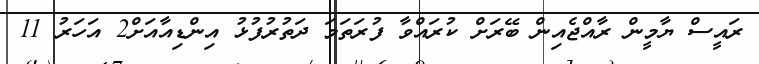
ރައީސް ޔާމީން ރާއްޖެއިން ބޭރަށް ކުރައްވާ ފުރަތަމަ ދަތުރުފުޅު އިންޑިއާއަށް2 އަހަރު 11